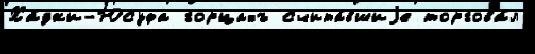
Ха́джи-Юсуфа горцахъ счита́вшиjе торгова́л